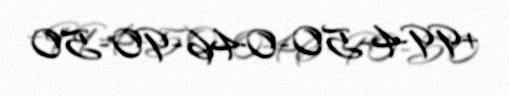
+994-50-046-90-50